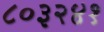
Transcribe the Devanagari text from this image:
८०३२४१